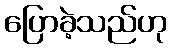
ပြောခဲ့သည်ဟု